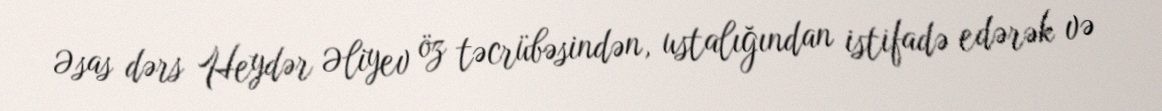
Əsas dərs Heydər Əliyev öz təcrübəsindən, ustalığından istifadə edərək və